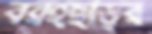
বরইছড়ির